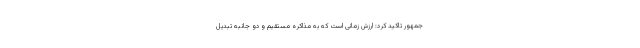
جمهور تاکید کرد: ارزش زمانی است که به مذاکره مستقیم و دو جانبه تبدیل